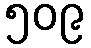
၅၀၉